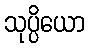
သုပ္ပိယော